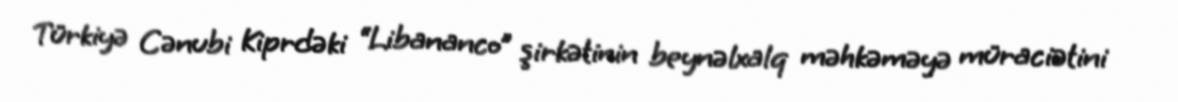
Türkiyə Cənubi Kiprdəki “Libananco” şirkətinin beynəlxalq məhkəməyə müraciətini